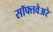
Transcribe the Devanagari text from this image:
सॉफ्तवेअरे